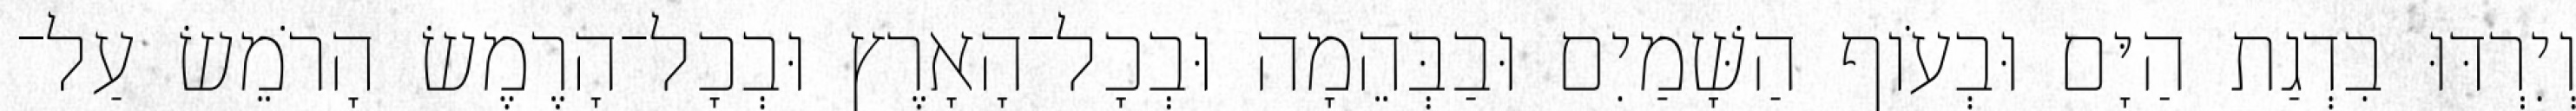
וְיִרְדּוּ בִדְגַת הַיָּם וּבְעֹוף הַשָּׁמַיִם וּבַבְּהֵמָה וּבְכָל־הָאָרֶץ וּבְכָל־הָרֶמֶשׂ הָרֹמֵשׂ עַל־